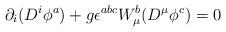
LaTeX: \begin{align*}\partial _i ( D^i \phi ^a ) + g \epsilon^{abc} W _{\mu} ^b( D ^{\mu} \phi ^c ) = 0\end{align*}